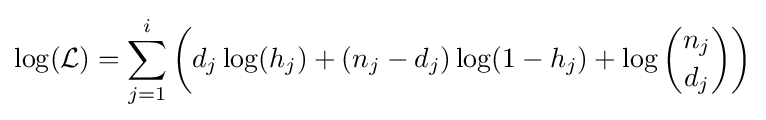
\log({\mathcal {L}})=\sum _{j=1}^{i}\left(d_{j}\log(h_{j})+(n_{j}-d_{j})\log(1-h_{j})+\log {n_{j} \choose d_{j}}\right)